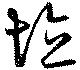
埴